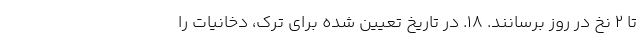
تا 2 نخ در روز برسانند. ۱۸. در تاریخ تعیین شده برای ترک، دخانیات را